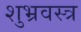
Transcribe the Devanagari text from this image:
शुभ्रवस्त्र